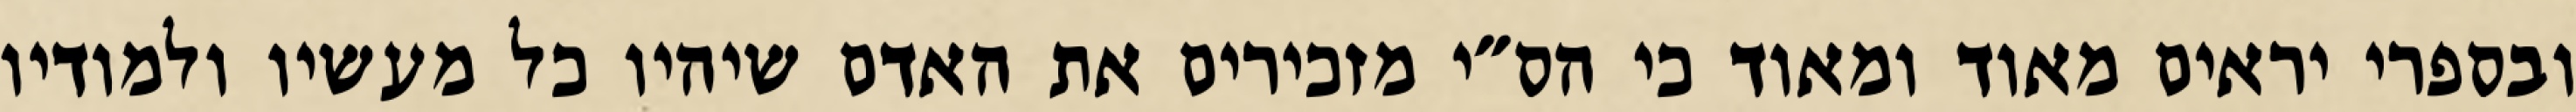
ובספרי יראים מאוד ומאוד כי הס״י מזכירים את האדם שיהיו כל מעשיו ולמודיו